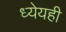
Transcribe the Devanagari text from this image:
ध्येयही